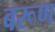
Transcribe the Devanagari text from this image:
बरूण